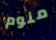
منوم